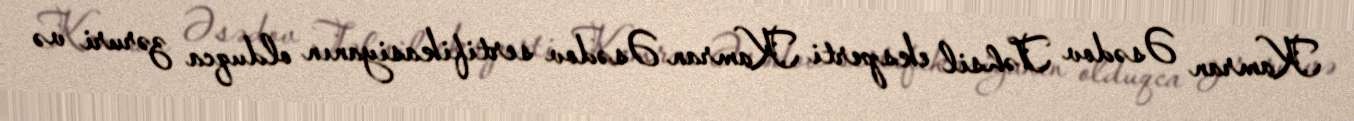
Kamran Əsədov Təhsil eksperti Kamran Əsədov sertifikasiyanın olduqca zəruri və